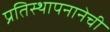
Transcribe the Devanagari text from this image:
प्रतिस्थापनानेची